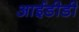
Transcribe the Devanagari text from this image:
आईडीडी